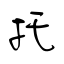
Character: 托